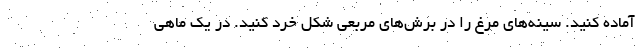
آماده کنید. سینه‌های مرغ را در برش‌های مربعی شکل خرد کنید. در یک ماهی